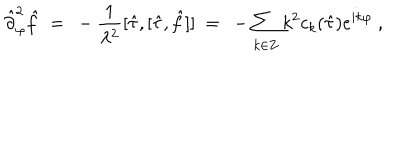
{ \hat { \partial } } _ { \varphi } ^ { 2 } { \hat { f } } \ = \ - \frac { 1 } { \lambda ^ { 2 } } [ { \hat { \tau } } , [ { \hat { \tau } } , { \hat { f } } ] ] \ = \ - \sum _ { k \in { \bf Z } } k ^ { 2 } c _ { k } ( { \hat { \tau } } ) e ^ { i k \varphi } \ ,